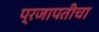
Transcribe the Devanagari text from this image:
प्रजापतीचा